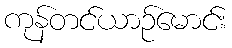
ကုန်တင်ယာဉ်မောင်း